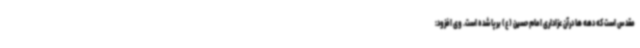
مقدس است که دهه ها درآن عزاداری امام حسین (ع) برپا شده است. وی افزود: